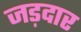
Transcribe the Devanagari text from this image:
जड़दार